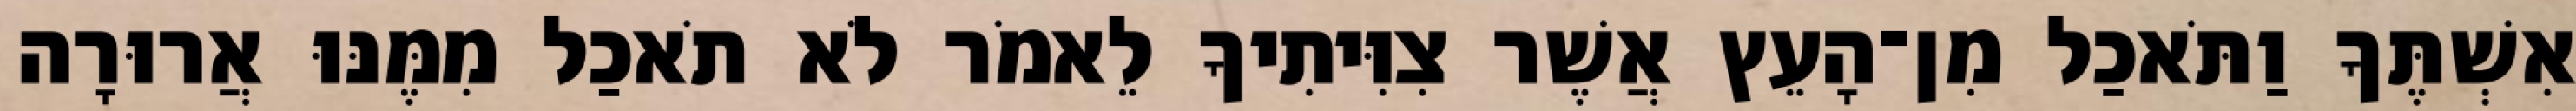
אִשְׁתֶּךָ וַתֹּאכַל מִן־הָעֵץ אֲשֶׁר צִוִּיתִיךָ לֵאמֹר לֹא תֹאכַל מִמֶּנּוּ אֲרוּרָה